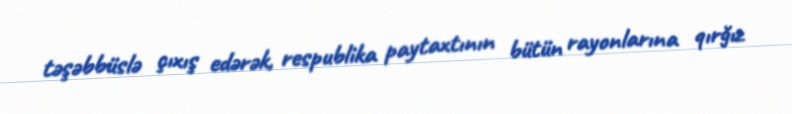
təşəbbüslə çıxış edərək, respublika paytaxtının bütün rayonlarına qırğız